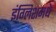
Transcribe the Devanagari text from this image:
इंग्लिशमधे